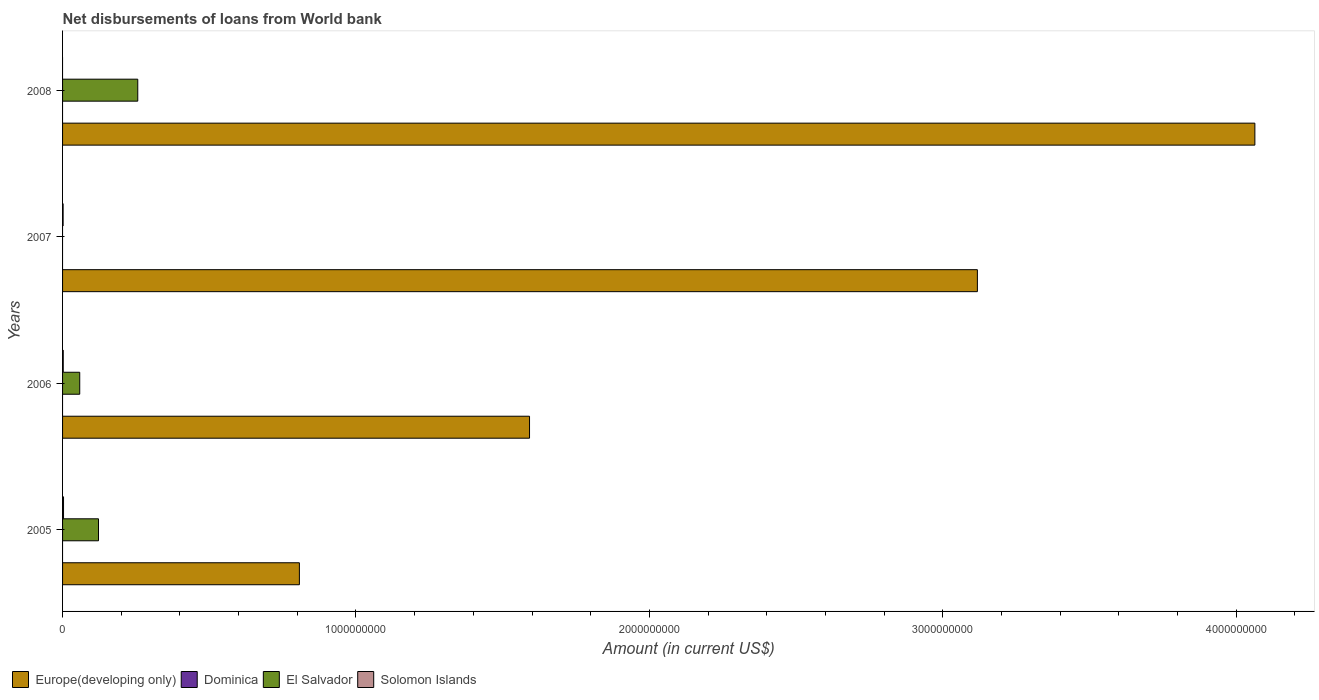
| Years | Europe(developing only) | Dominica | El Salvador | Solomon Islands |
 | --- | --- | --- | --- | --- |
 | 2005 | 8.07e+08 | -4.06e+06 | 1.22e+08 | 3.31e+06 |
 | 2006 | 1.59e+09 | -5.34e+06 | 5.85e+07 | 2.31e+06 |
 | 2007 | 3.12e+09 | -2.18e+06 | -2.11e+07 | 1.91e+06 |
 | 2008 | 4.06e+09 | -3.18e+06 | 2.56e+08 | -7.76e+06 |